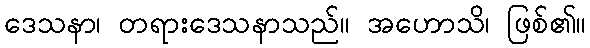
ဒေသနာ၊ တရားဒေသနာသည်။ အဟောသိ၊ ဖြစ်၏။